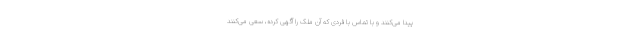
پیدا می‌کنند و با تماس با فردی که آن ملک را آگهی کرده، سعی می‌کنند